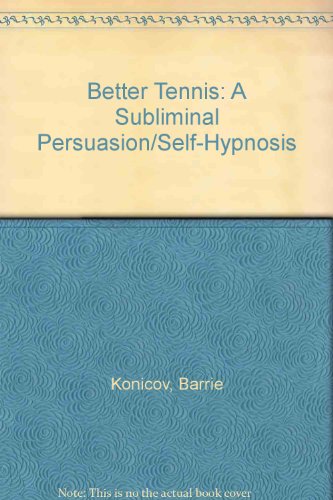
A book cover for Better Tennis: A Subliminal Persuasion/Self-Hypnosis; Barrie Konicov; Sports & Outdoors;